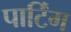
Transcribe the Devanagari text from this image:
पार्टिंग